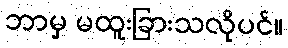
ဘာမှ မထူးခြားသလိုပင်။